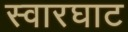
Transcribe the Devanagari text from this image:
स्‍वारघाट